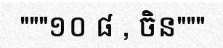
"""១០ ៨ , ចិន"""